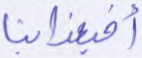
أفبعذابنا